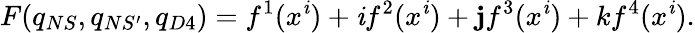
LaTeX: F(q_{NS},q_{NS^{\prime}},q_{D4})=f^{1}(x^{\mathit{i}})+\mathit{i}f^{2}(x^{\mathit{i}})+\mathbf{j}f^{3}(x^{\mathit{i}})+kf^{4}(x^{\mathit{i}}).